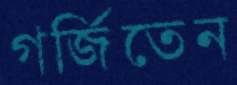
গর্জিতেন